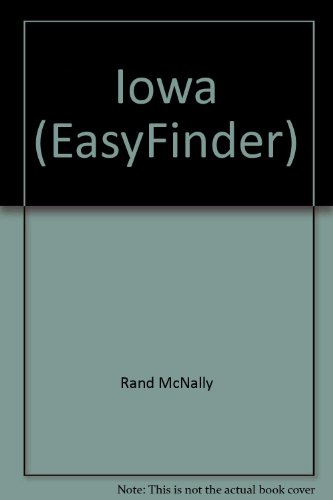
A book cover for Rand McNally Iowa Easyfinder Map; Rand McNally; Travel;